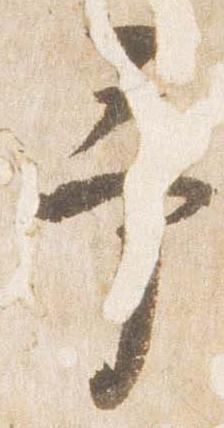
予